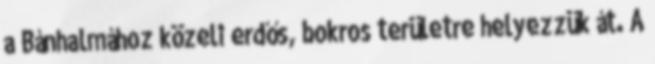
a Bánhalmához közeli erdős, bokros területre helyezzük át. A